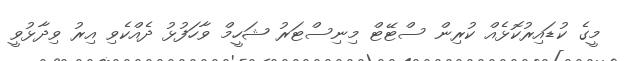
މީގެ ކުޑައިރުކޮޅެއް ކުރިން ސްޓޭޓް މިނިސްޓަރު ޝަހީމް ވާހަފުޅު ދެއްކެވި އިރު ވިދާޅުވީ